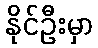
နိုင်ဦးမှာ